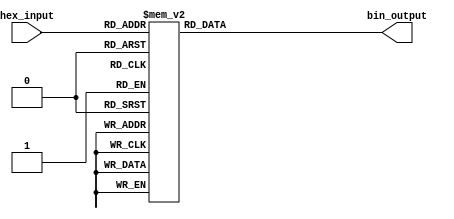
module hex_to_bin_encoder (
    input  wire [3:0] hex_input,  // 4-bit hexadecimal input
    output reg  [3:0] bin_output   // 4-bit binary output
);

always @(*) begin
    case (hex_input)
        4'b0000: bin_output = 4'b0000; // 0
        4'b0001: bin_output = 4'b0001; // 1
        4'b0010: bin_output = 4'b0010; // 2
        4'b0011: bin_output = 4'b0011; // 3
        4'b0100: bin_output = 4'b0100; // 4
        4'b0101: bin_output = 4'b0101; // 5
        4'b0110: bin_output = 4'b0110; // 6
        4'b0111: bin_output = 4'b0111; // 7
        4'b1000: bin_output = 4'b1000; // 8
        4'b1001: bin_output = 4'b1001; // 9
        4'b1010: bin_output = 4'b1010; // A (10)
        4'b1011: bin_output = 4'b1011; // B (11)
        4'b1100: bin_output = 4'b1100; // C (12)
        4'b1101: bin_output = 4'b1101; // D (13)
        4'b1110: bin_output = 4'b1110; // E (14)
        4'b1111: bin_output = 4'b1111; // F (15)
        default: bin_output = 4'b0000; // Default case (should not occur)
    endcase
end

endmodule